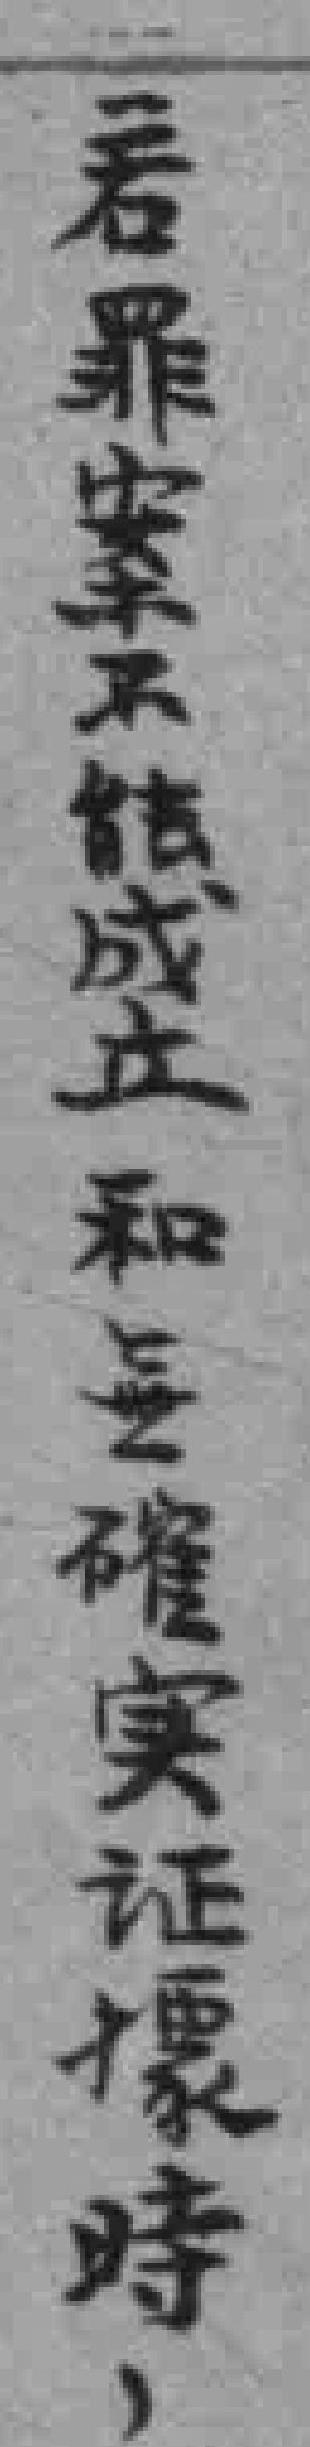
若罪案不信成立和無確实证據時，